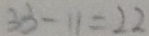
3 3 - 1 1 = 2 2